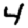
Digit: 4